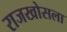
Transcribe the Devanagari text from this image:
राजखोसला